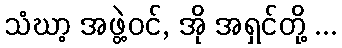
သံဃာ့ အဖွဲ့ဝင်, အို အရှင်တို့ ...